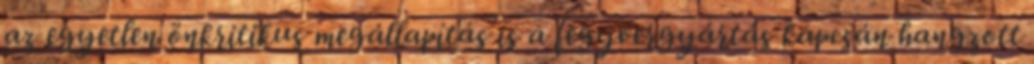
az egyetlen önkritikus megállapítás is a fegyvergyártás kapcsán hangzott